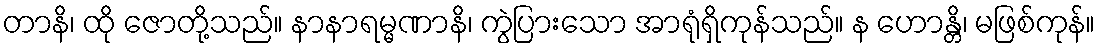
တာနိ၊ ထို ဇောတို့သည်။ နာနာရမ္မဏာနိ၊ ကွဲပြားသော အာရုံရှိကုန်သည်။ န ဟောန္တိ၊ မဖြစ်ကုန်။